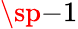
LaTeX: \sp{-1}